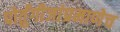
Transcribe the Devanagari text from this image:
पोर्तुंगीजांप्रमाणेच